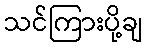
သင်ကြားပို့ချ